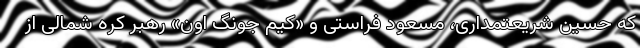
که حسین شریعتمداری، مسعود فراستی و «کیم جونگ اون» رهبر کره شمالی از